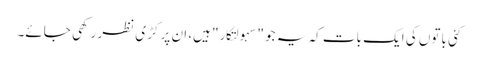
کئی باتوں کی ایک بات کہ یہ جو "سہولتکار" ہیں، ان پر کڑی نظر رکھی جائے۔